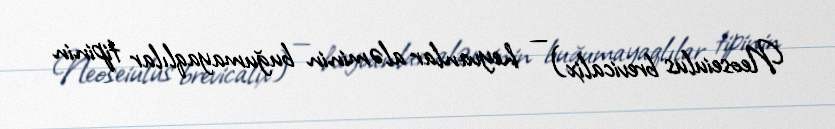
Neoseiulus brevicalix) — heyvanlar aləminin buğumayaqlılar tipinin